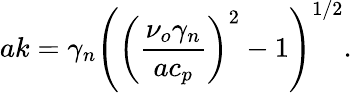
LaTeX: ak=\gamma_{n}\left(\left(\frac{\nu_{o}\gamma_{n}}{ac_{p}}\right)^{2}-1\right)^{1/2}.